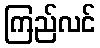
ကြည်လင်